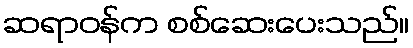
ဆရာဝန်က စစ်ဆေးပေးသည်။